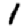
Digit: 1